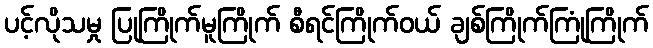
ပင့်လိုသမှု ပြုကြိုက်မူကြိုက် စီရင်ကြိုက်ဝယ် ချစ်ကြိုက်ကြုံကြိုက်